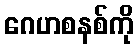
ဂေဟစနစ်ကို